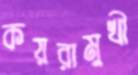
কয়রামুখী